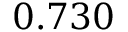
0 . 7 3 0